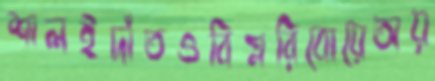
শালইদাঁতওবিগ্নরিবোয়েঅয়